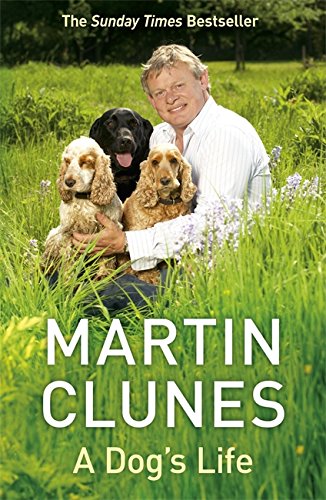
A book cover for A Dog's Life; Martin Clunes; Crafts, Hobbies & Home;